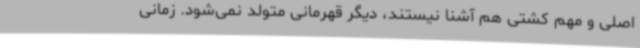
اصلی و مهم کشتی هم آشنا نیستند، دیگر قهرمانی متولد نمی‌شود. زمانی